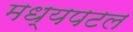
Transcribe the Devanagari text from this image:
मध्यपटल